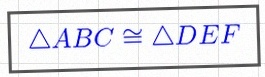
\triangle ABC\cong\triangle DEF